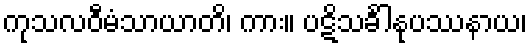
ကုသလဝီမံသာယာတိ၊ ကား။ ပဋိသင်္ခါနုပဿနာယ၊